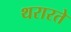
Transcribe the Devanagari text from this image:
थरारते